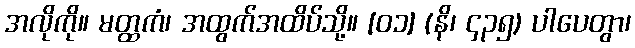
အလိုကို။ မတ္ထကံ၊ အထွက်အထိပ်သို့။ [၀၁] (နိ၊ ၄၃၅) ပါပေတွာ၊